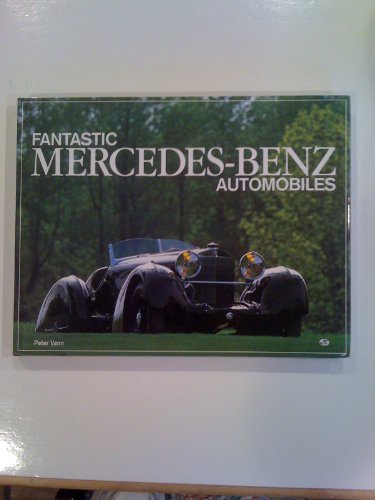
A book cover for Fantastic Mercedes-Benz Automobile; Engineering & Transportation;